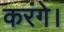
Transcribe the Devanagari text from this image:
करंगे।